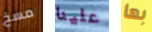
مسخ علينا بها